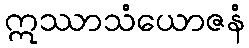
ဣဿာသံယောဇနံ